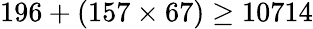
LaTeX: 196+(157\times 67)\geq 10714